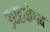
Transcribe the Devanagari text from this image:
उधहयोगब